Civil Veterinary Department Bihar & Orissa reports 1929-36 - 1929-1936
Year: 1929
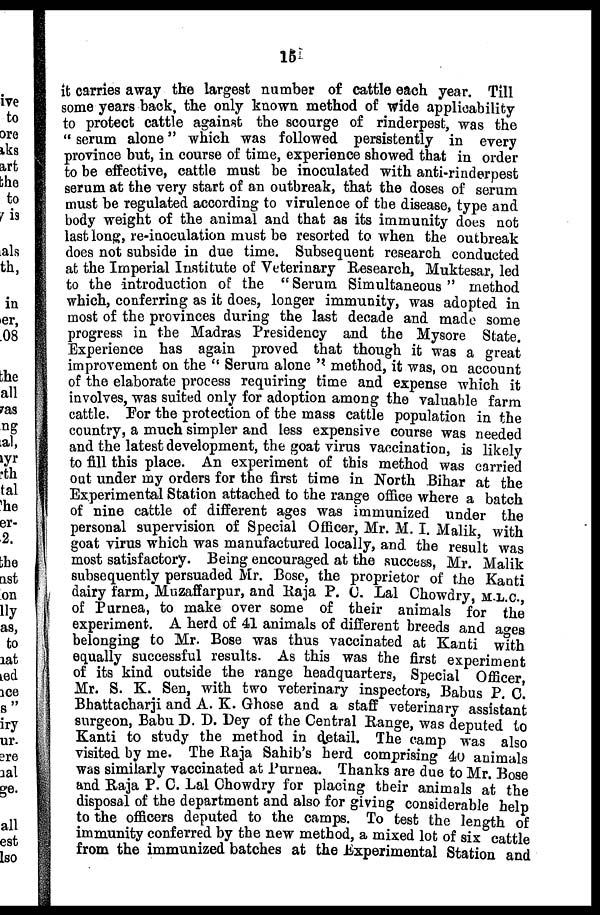
15
it carries away the largest number of cattle each year. Till
some years back, the only known method of wide applicability
to protect cattle against the scourge of rinderpest, was the
" serum alone" which was followed persistently in every
province but, in course of time, experience showed that in order
to be effective, cattle must be inoculated with anti-rinderpest
serum at the very start of an outbreak, that the doses of serum
must be regulated according to virulence of the disease, type and
body weight of the animal and that as its immunity does not
last long, re-inoculation must be resorted to when the outbreak
does not subside in due time. Subsequent research conducted
at the Imperial Institute of Veterinary Research, Muktesar, led
to the introduction of the "Serum Simultaneous " method
which, conferring as it does, longer immunity, was adopted in
most of the provinces during the last decade and made some
progress in the Madras Presidency and the Mysore State.
Experience has again proved that though it was a great
improvement on the " Serum alone " method, it was, on account
of the elaborate process requiring time and expense which it
involves, was suited only for adoption among the valuable farm
cattle. For the protection of the mass cattle population in the
country, a much simpler and less expensive course was needed
and the latest development, the goat virus vaccination, is likely
to fill this place. An experiment of this method was carried
out under my orders for the first time in North Bihar at the
Experimental Station attached to the range office where a batch
of nine cattle of different ages was immunized under the
personal supervision of Special Officer, Mr. M. I. Malik with
goat virus which was manufactured locally, and the result was
most satisfactory. Being encouraged at the success, Mr. Malik
subsequently persuaded Mr. Bose, the proprietor of the Kanti
dairy farm, Muzaffarpur, and Raja P. C. Lal Chowdry M.L.C.
of Purnea, to make over some of their animals for the
experiment. A herd of 41 animals of different breeds and ages
belonging to Mr. Bose was thus vaccinated at Kanti with
equally successful results. As this was the first experiment
of its kind outside the range headquarters, Special Officer
Mr. S. K. Sen, with two veterinary inspectors, Babus P. C.
Bhattacharji and A. K. Ghose and a staff veterinary assistant
surgeon, Babu D. D. Dey of the Central Range, was deputed to
Kanti to study the method in detail. The camp was also
visited by me. The Raja Sahib's herd comprising 40 animals
was similarly vaccinated at Purnea. Thanks are due to Mr. Bose
and Raja P. C. Lal Chowdry for placing their animals at the
disposal of the department and also for giving considerable help
to the officers deputed to the camps. To test the length of
immunity conferred by the new method, a mixed lot of six cattle
from the immunized batches at the Experimental Station and